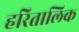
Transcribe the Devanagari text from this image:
हरितालिक